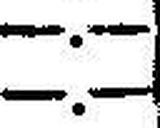
—.—